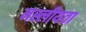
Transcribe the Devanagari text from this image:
नस्लीयता